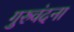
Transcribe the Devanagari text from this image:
गुरुवंदना